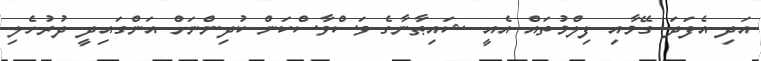
އަދި އެފަދަ ގޭމާއި ފިލްމުތައް އެއީ ޝައިޠާނާގެ ވަސްވާސްކަން ކުދިންނަށް އަންގައިދީ ދުރުހެލި